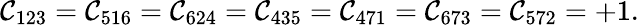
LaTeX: \mathcal{C}_{123}=\mathcal{C}_{516}=\mathcal{C}_{624}=\mathcal{C}_{435}=\mathcal{C}_{471}=\mathcal{C}_{673}=\mathcal{C}_{572}=+1.